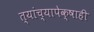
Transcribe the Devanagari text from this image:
त्यांच्यापेक्षाही